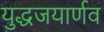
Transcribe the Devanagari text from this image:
युद्धजयार्णव